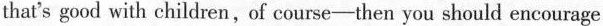
that's good with children,of course—then you should encourage